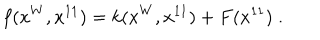
f ( x ^ { W } , x ^ { 1 1 } ) = k ( x ^ { W } , x ^ { 1 1 } ) + F ( x ^ { 1 1 } ) \; .